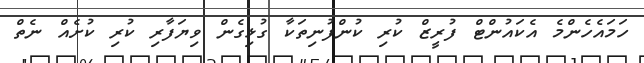
ހަމައެހެންމެ އެކައުންޓް ފުރީޒް ކުރި ކުންފުނިތަކާ ގުޅިގެން ވިޔަފާރި ކުރި ކުށެއް ނެތް